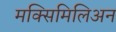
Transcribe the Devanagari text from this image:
मक्सिमिलिअन